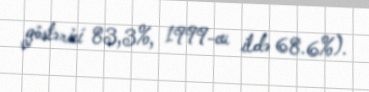
göstərici 83,3%, 1999-cu ildə 68.6%).